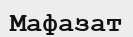
Мафазат